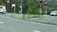
સઁતાન